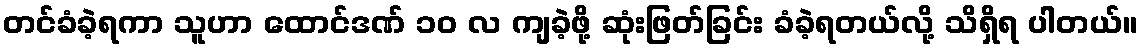
တင်ခံခဲ့ရကာ သူဟာ ထောင်ဒဏ် ၁၀ လ ကျခဲ့ဖို့ ဆုံးဖြတ်ခြင်း ခံခဲ့ရတယ်လို့ သိရှိရ ပါတယ်။